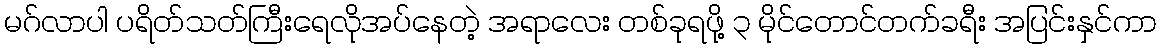
မဂ်လာပါ ပရိတ်သတ်ကြီးရေလိုအပ်နေတဲ့ အရာလေး တစ်ခုရဖို့ ၃ မိုင်တောင်တက်ခရီး အပြင်းနှင်ကာ